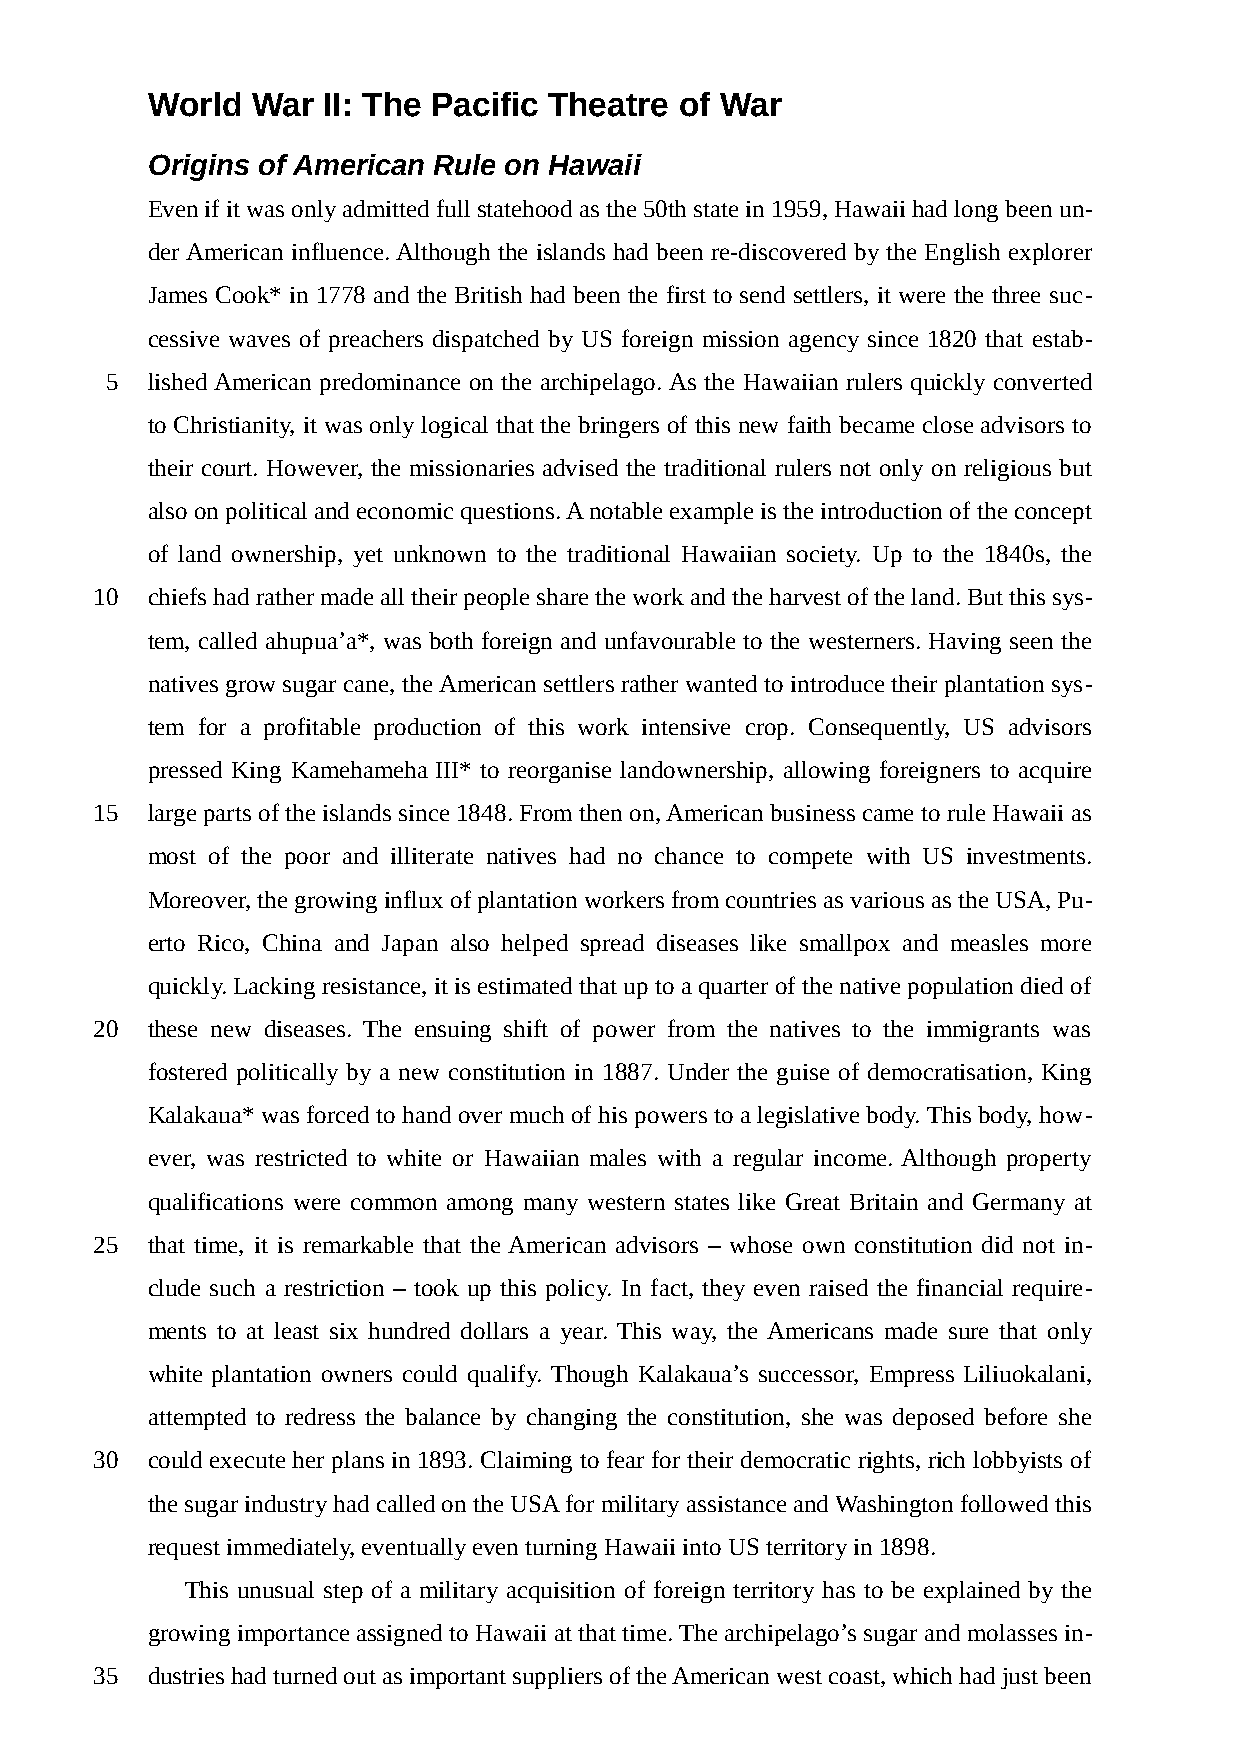
World  War II: The Pacific Theatre of War
 Origins of American Rule on Hawaii
 Even if it was only admitted full statehood as the 50th state in 1959, Hawaii had long been un-
 der American influence. Although the islands had been re-discovered by the English explorer
 James Cook* in 1778 and the British had been the first to send settlers, it were the three suc-
 cessive waves of preachers dispatched by US foreign mission agency since 1820 that estab-
 5  lished American predominance on the archipelago. As the Hawaiian rulers quickly converted
 to Christianity, it was only logical that the bringers of this new faith became close advisors to
 their court. However, the missionaries advised the traditional rulers not only on religious but
 also on political and economic questions. A notable example is the introduction of the concept
 of land ownership, yet unknown to the traditional Hawaiian society. Up to the 1840s, the
 10  chiefs had rather made all their people share the work and the harvest of the land. But this sys-
 tem, called ahupua’a*, was both foreign and unfavourable to the westerners. Having seen the
 natives grow sugar cane, the American settlers rather wanted to introduce their plantation sys-
 tem for a profitable production of this work intensive crop. Consequently, US advisors
 pressed King Kamehameha III* to reorganise landownership, allowing foreigners to acquire
 15  large parts of the islands since 1848. From then on, American business came to rule Hawaii as
 most of the poor and illiterate natives had no chance to compete with US investments.
 Moreover, the growing influx of plantation workers from countries as various as the USA, Pu-
 erto Rico, China and Japan also helped spread diseases like smallpox and measles more
 quickly. Lacking resistance, it is estimated that up to a quarter of the native population died of
 20  these new diseases. The ensuing shift of power from the natives to the immigrants was
 fostered politically by a new constitution in 1887. Under the guise of democratisation, King
 Kalakaua* was forced to hand over much of his powers to a legislative body. This body, how-
 ever, was restricted to white or Hawaiian males with a regular income. Although property
 qualifications were common among many western states like Great Britain and Germany at
 25  that time, it is remarkable that the American advisors – whose own constitution did not in-
 clude such a restriction – took up this policy. In fact, they even raised the financial require-
 ments to at least six hundred dollars a year. This way, the Americans made sure that only
 white plantation owners could qualify. Though Kalakaua’s successor, Empress Liliuokalani,
 attempted to redress the balance by changing the constitution, she was deposed before she
 30  could execute her plans in 1893. Claiming to fear for their democratic rights, rich lobbyists of
 the sugar industry had called on the USA for military assistance and Washington followed this
 request immediately, eventually even turning Hawaii into US territory in 1898.
 This unusual step of a military acquisition of foreign territory has to be explained by the
 growing importance assigned to Hawaii at that time. The archipelago’s sugar and molasses in-
 35  dustries had turned out as important suppliers of the American west coast, which had just been